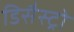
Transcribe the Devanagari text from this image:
डिसैस्ट्रो